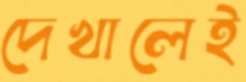
দেখালেই